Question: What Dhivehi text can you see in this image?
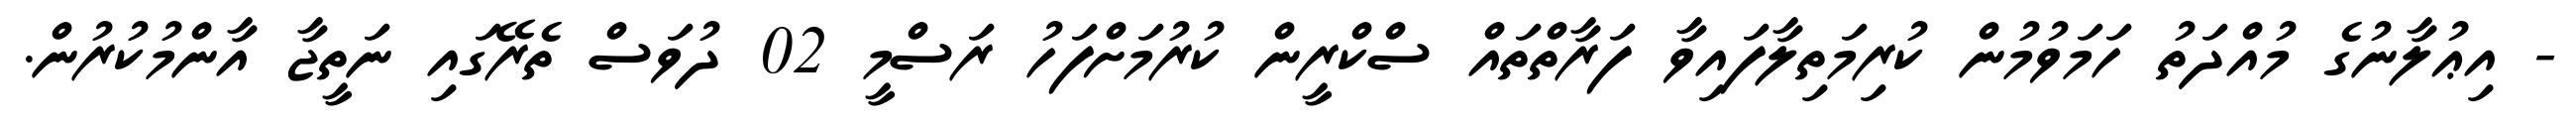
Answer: - އިޢުލާނުގެ މުއްދަތު ހަމަވުމުން ކުރިމަތިލާފައިވާ ފަރާތްތައް ސްކްރީން ކުރުމަށްފަހު ރަސްމީ 02 ދުވަސް ތެރޭގައި ނަތީޖާ އާންމުކުރުން.